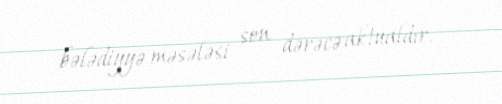
bələdiyyə məsələsi son dərəcə aktualdır.